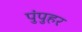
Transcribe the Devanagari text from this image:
पुंपुहर